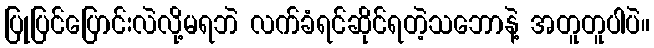
ပြုပြင်ပြောင်းလဲလို့မရဘဲ လက်ခံရင်ဆိုင်ရတဲ့သဘောနဲ့ အတူတူပါပဲ။